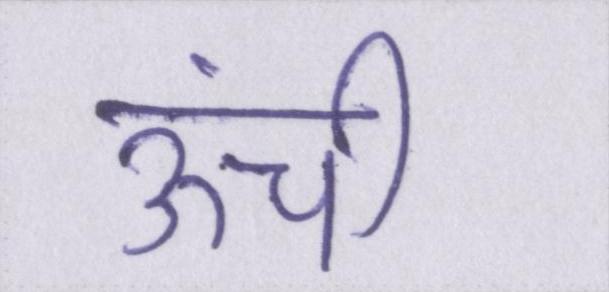
ऊंची